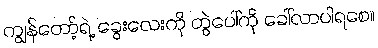
ကျွန်တော့်ရဲ့ ခွေးလေးကို တွဲပေါ်ကို ခေါ်လာပါရစေ။